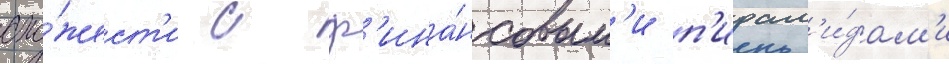
схо́жест'и с ф'ина́нсовым'и п'ирам'и́дам'и